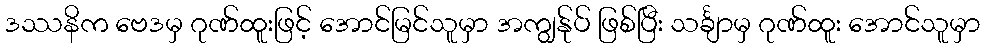
ဒဿနိက ဗေဒမှ ဂုဏ်ထူးဖြင့် အောင်မြင်သူမှာ အကျွန်ုပ် ဖြစ်ပြီး သင်္ချာမှ ဂုဏ်ထူး အောင်သူမှာ